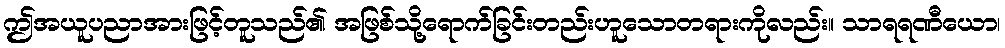
ဤအယူပညာအားဖြင့်တူသည်၏ အဖြစ်သို့ရောက်ခြင်းတည်းဟူသောတရားကိုလည်း။ သာရရဏီယော၊